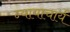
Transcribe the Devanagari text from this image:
न्यायाचार्य